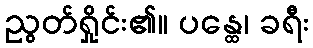
ညွတ်ရှိုင်း၏။ ပန္ထေ၊ ခရီး